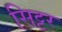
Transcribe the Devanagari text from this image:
सिट्टर